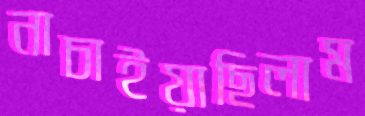
নাচাইয়াছিলাম